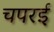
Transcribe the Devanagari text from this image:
चपरई